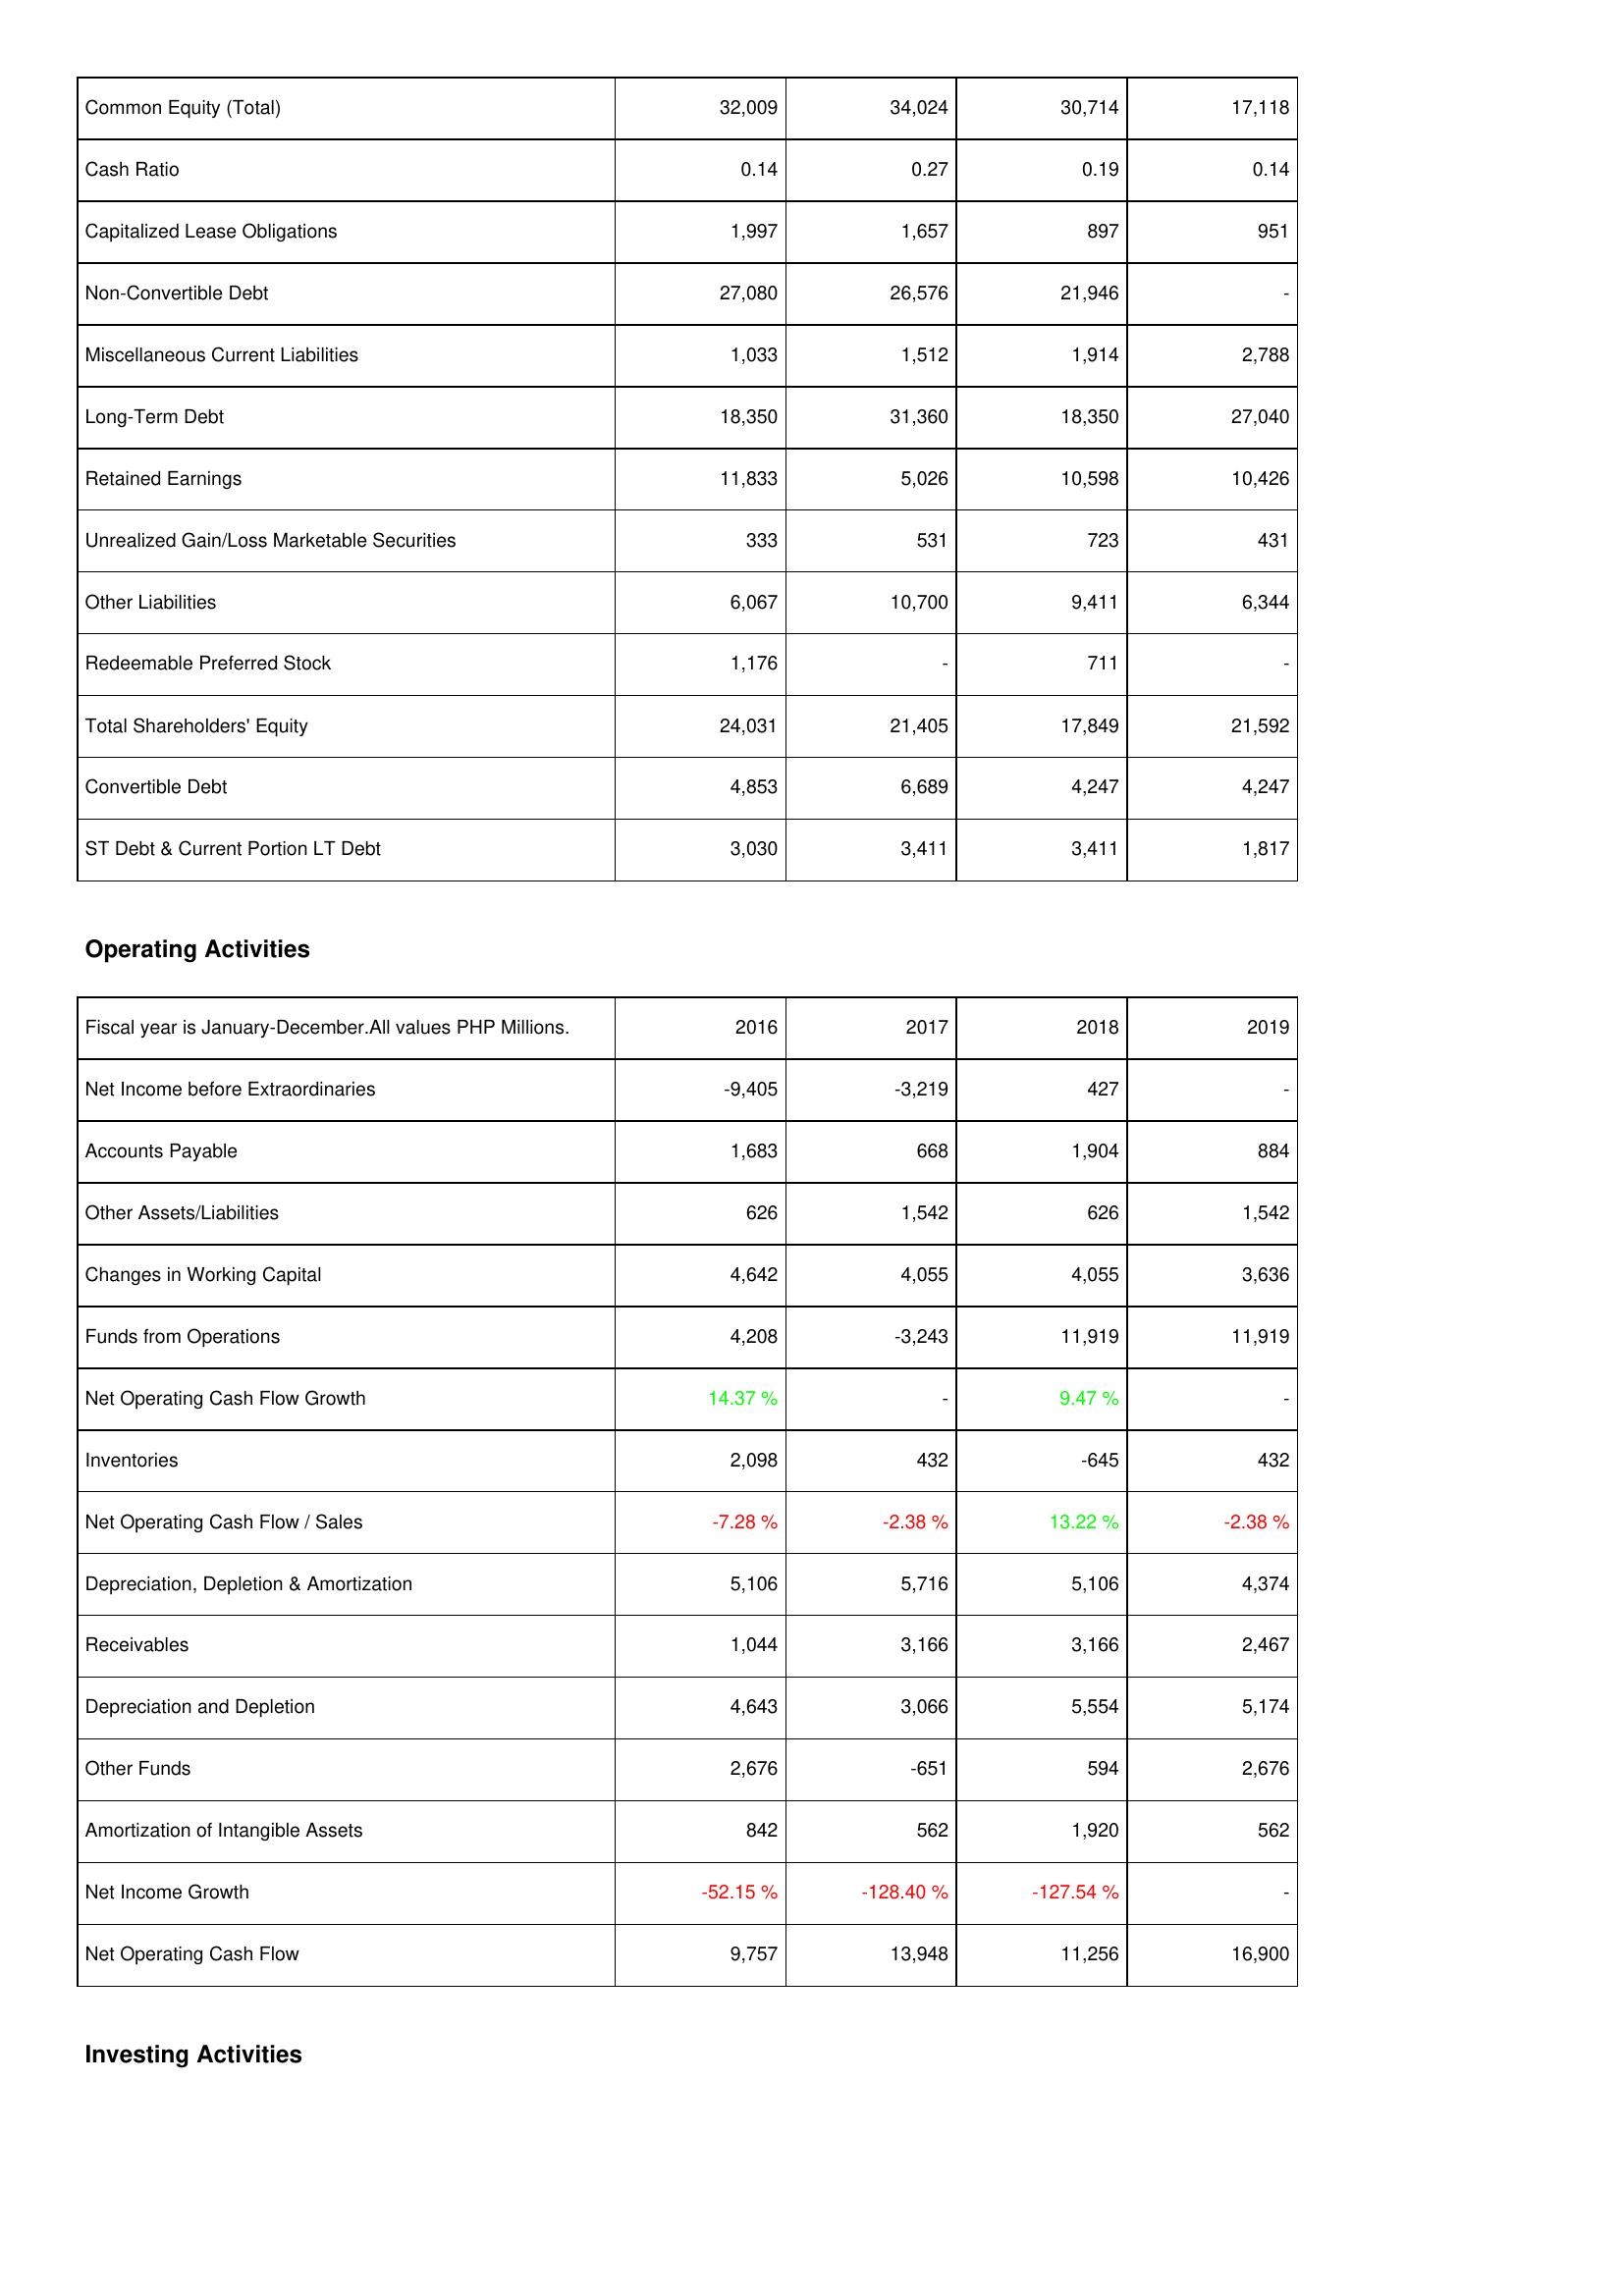
2016: Liabilities & Shareholders' Equity: Common Equity (Total): 32,009
Cash Ratio: 0.14
Capitalized Lease Obligations: 1,997
Non-Convertible Debt: 27,080
Miscellaneous Current Liabilities: 1,033
Long-Term Debt: 18,350
Retained Earnings: 11,833
Unrealized Gain/Loss Marketable Securities: 333
Other Liabilities: 6,067
Redeemable Preferred Stock: 1,176
Total Shareholders' Equity: 24,031
Convertible Debt: 4,853
ST Debt & Current Portion LT Debt: 3,030
Operating Activities: Net Income before Extraordinaries: -9,405
Accounts Payable: 1,683
Other Assets/Liabilities: 626
Changes in Working Capital: 4,642
Funds from Operations: 4,208
Net Operating Cash Flow Growth: 14.37 %
Inventories: 2,098
Net Operating Cash Flow / Sales: -7.28 %
Depreciation, Depletion & Amortization: 5,106
Receivables: 1,044
Depreciation and Depletion: 4,643
Other Funds: 2,676
Amortization of Intangible Assets: 842
Net Income Growth: -52.15 %
Net Operating Cash Flow: 9,757
2017: Liabilities & Shareholders' Equity: Common Equity (Total): 34,024
Cash Ratio: 0.27
Capitalized Lease Obligations: 1,657
Non-Convertible Debt: 26,576
Miscellaneous Current Liabilities: 1,512
Long-Term Debt: 31,360
Retained Earnings: 5,026
Unrealized Gain/Loss Marketable Securities: 531
Other Liabilities: 10,700
Redeemable Preferred Stock: -
Total Shareholders' Equity: 21,405
Convertible Debt: 6,689
ST Debt & Current Portion LT Debt: 3,411
Operating Activities: Net Income before Extraordinaries: -3,219
Accounts Payable: 668
Other Assets/Liabilities: 1,542
Changes in Working Capital: 4,055
Funds from Operations: -3,243
Net Operating Cash Flow Growth: -
Inventories: 432
Net Operating Cash Flow / Sales: -2.38 %
Depreciation, Depletion & Amortization: 5,716
Receivables: 3,166
Depreciation and Depletion: 3,066
Other Funds: -651
Amortization of Intangible Assets: 562
Net Income Growth: -128.40 %
Net Operating Cash Flow: 13,948
2018: Liabilities & Shareholders' Equity: Common Equity (Total): 30,714
Cash Ratio: 0.19
Capitalized Lease Obligations: 897
Non-Convertible Debt: 21,946
Miscellaneous Current Liabilities: 1,914
Long-Term Debt: 18,350
Retained Earnings: 10,598
Unrealized Gain/Loss Marketable Securities: 723
Other Liabilities: 9,411
Redeemable Preferred Stock: 711
Total Shareholders' Equity: 17,849
Convertible Debt: 4,247
ST Debt & Current Portion LT Debt: 3,411
Operating Activities: Net Income before Extraordinaries: 427
Accounts Payable: 1,904
Other Assets/Liabilities: 626
Changes in Working Capital: 4,055
Funds from Operations: 11,919
Net Operating Cash Flow Growth: 9.47 %
Inventories: -645
Net Operating Cash Flow / Sales: 13.22 %
Depreciation, Depletion & Amortization: 5,106
Receivables: 3,166
Depreciation and Depletion: 5,554
Other Funds: 594
Amortization of Intangible Assets: 1,920
Net Income Growth: -127.54 %
Net Operating Cash Flow: 11,256
2019: Liabilities & Shareholders' Equity: Common Equity (Total): 17,118
Cash Ratio: 0.14
Capitalized Lease Obligations: 951
Non-Convertible Debt: -
Miscellaneous Current Liabilities: 2,788
Long-Term Debt: 27,040
Retained Earnings: 10,426
Unrealized Gain/Loss Marketable Securities: 431
Other Liabilities: 6,344
Redeemable Preferred Stock: -
Total Shareholders' Equity: 21,592
Convertible Debt: 4,247
ST Debt & Current Portion LT Debt: 1,817
Operating Activities: Net Income before Extraordinaries: -
Accounts Payable: 884
Other Assets/Liabilities: 1,542
Changes in Working Capital: 3,636
Funds from Operations: 11,919
Net Operating Cash Flow Growth: -
Inventories: 432
Net Operating Cash Flow / Sales: -2.38 %
Depreciation, Depletion & Amortization: 4,374
Receivables: 2,467
Depreciation and Depletion: 5,174
Other Funds: 2,676
Amortization of Intangible Assets: 562
Net Income Growth: -
Net Operating Cash Flow: 16,900